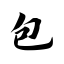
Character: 包